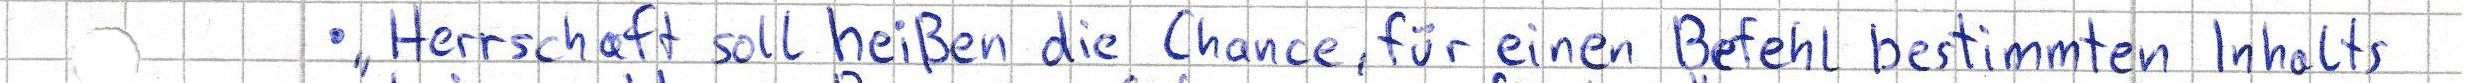
- "Herrschaft soll heißen die Chance, für einen Befehl bestimmten Inhalts